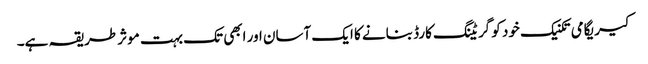
کیریگامی تکنیک خود کو گریٹنگ کارڈ بنانے کا ایک آسان اور ابھی تک بہت موثر طریقہ ہے۔